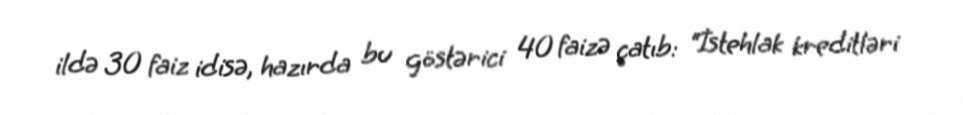
ildə 30 faiz idisə, hazırda bu göstərici 40 faizə çatıb: “İstehlak kreditləri